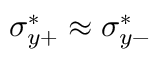
\sigma _ { y + } ^ { * } \approx \sigma _ { y - } ^ { * }